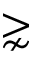
\gnsim